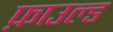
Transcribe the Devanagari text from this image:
फ़ाउल्ड